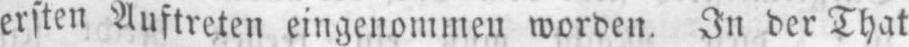
ersten Auftreten eingenommen worden. In der That